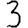
Digit: 3